Trukikaitis_Postimees, lk 37
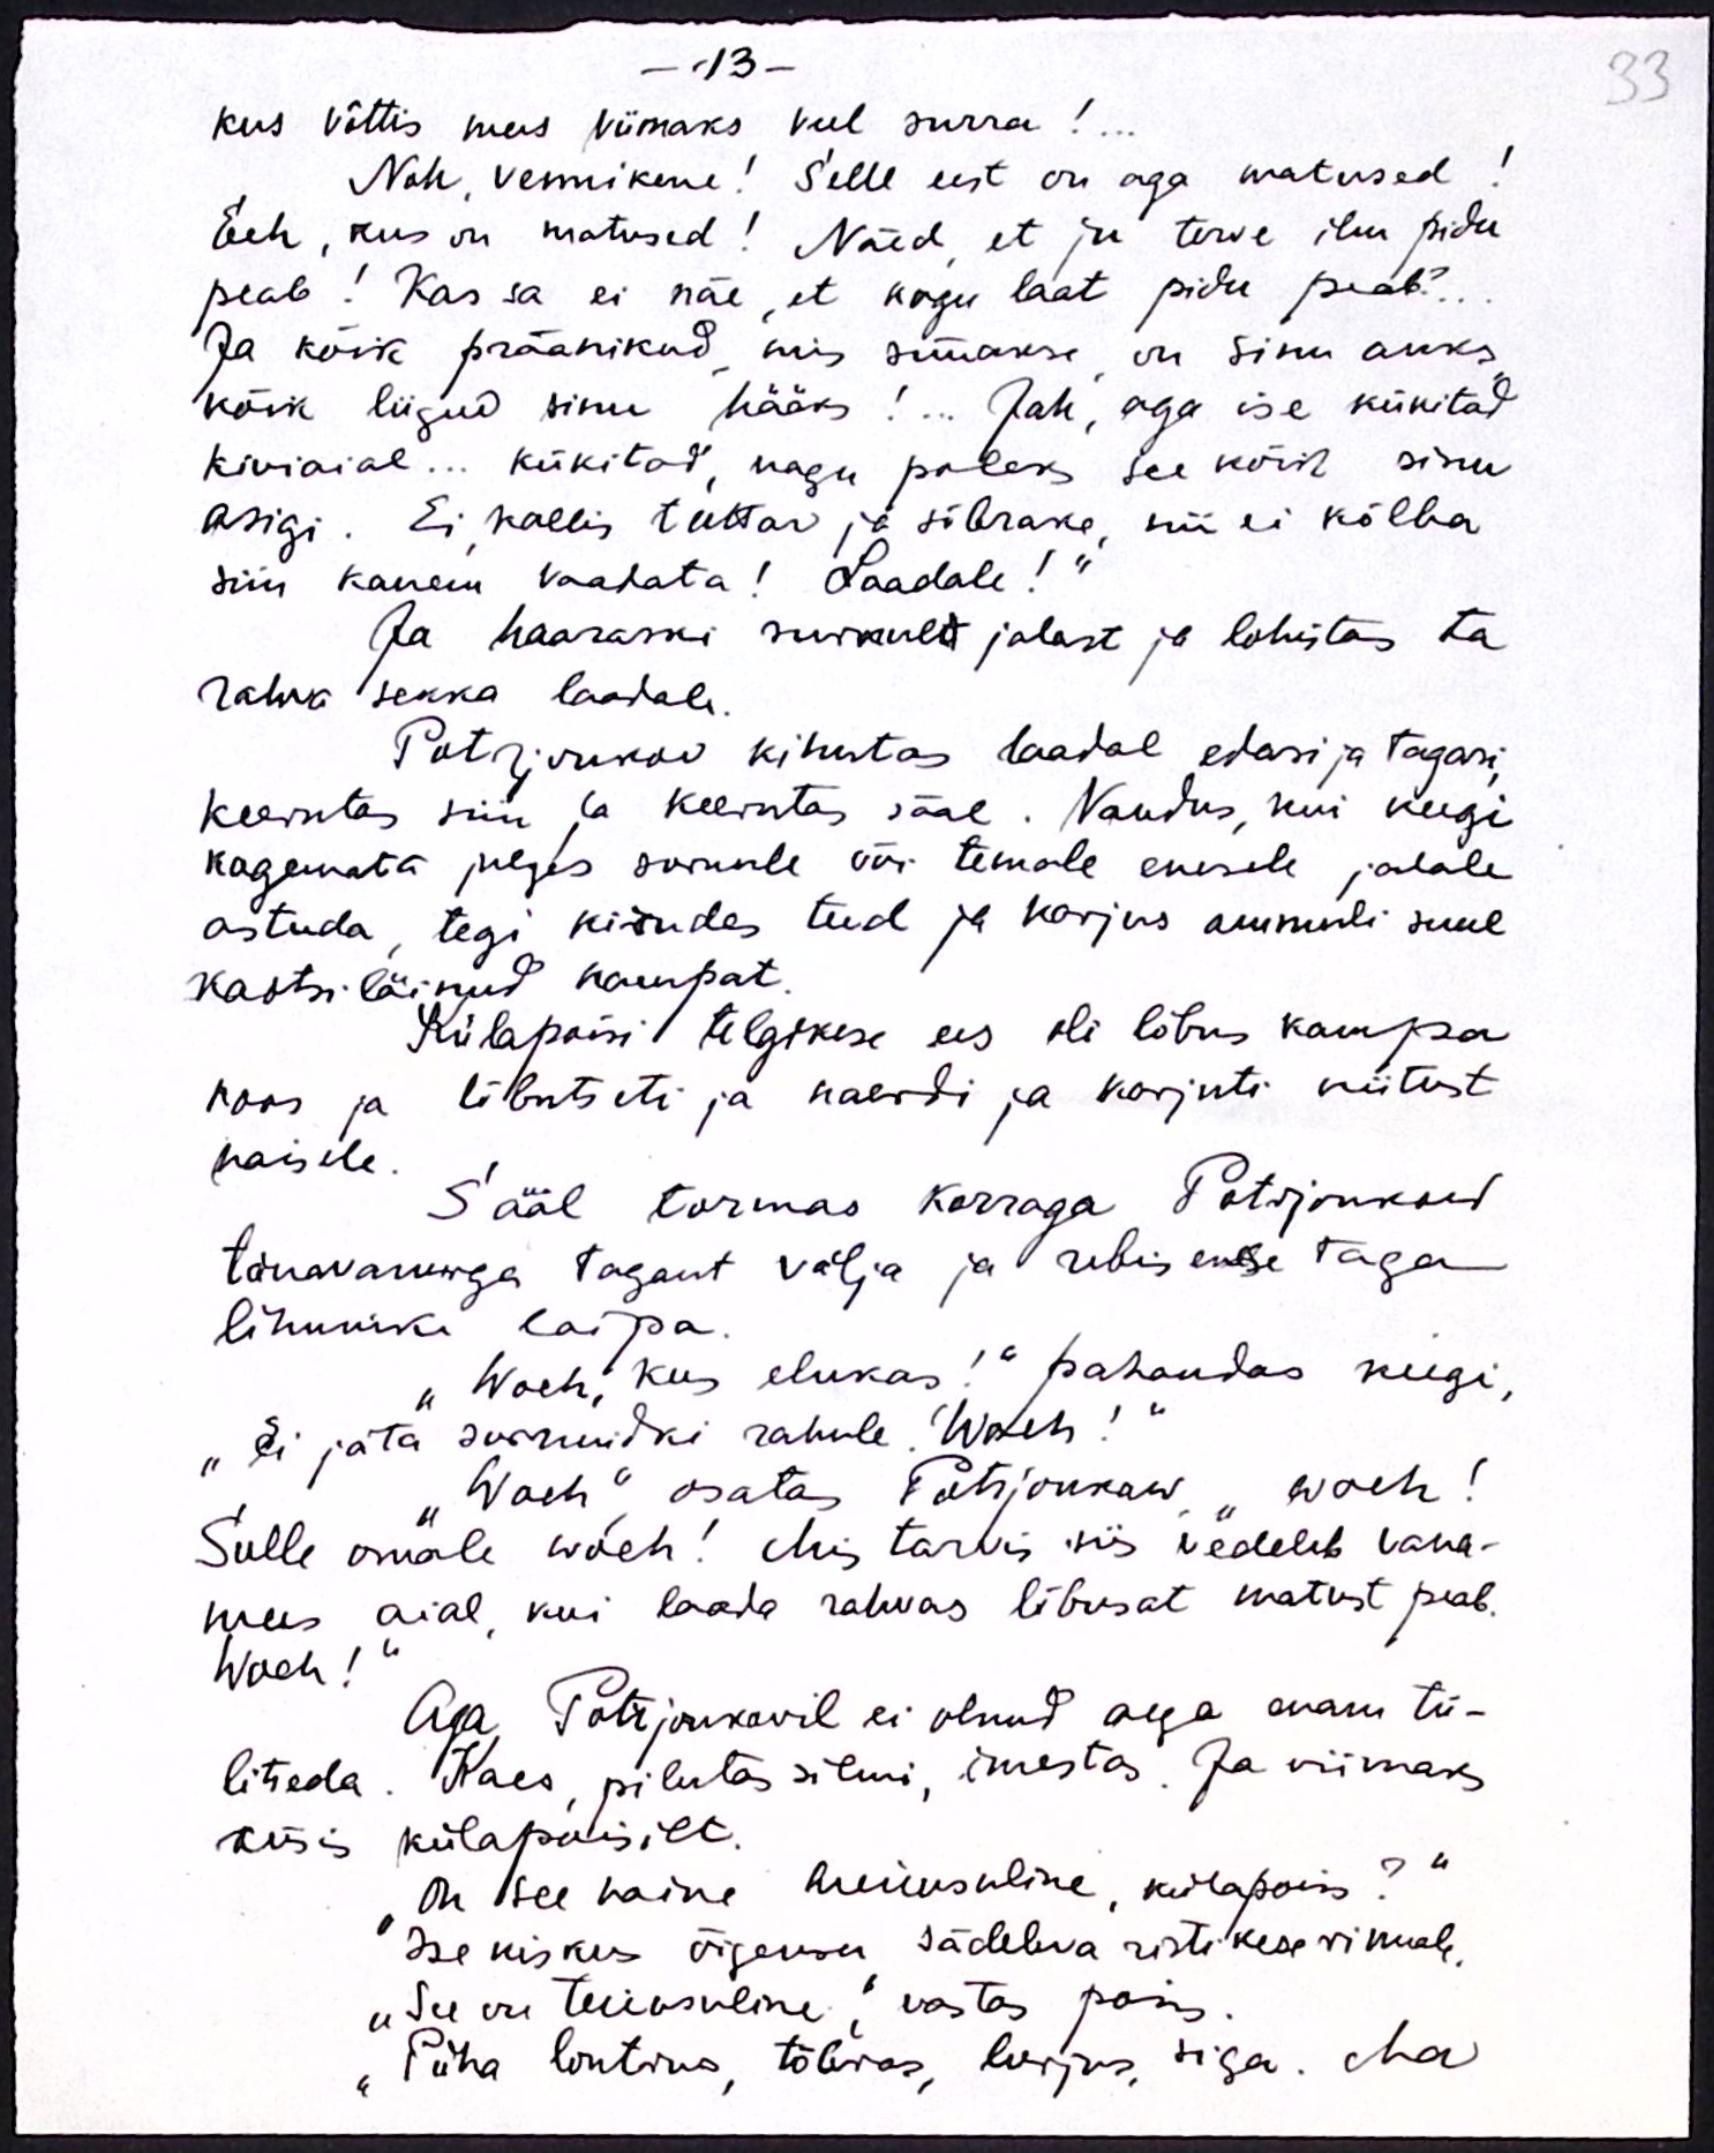
- 13-
kus võttis mees viimaks veel surra!...
Noh, vennikene! Selle eest on aga matused!
Eeh, kus on matused! Näed, et ju terve ilm pidu
peab! Kas sa ei näe, et kogu laat pidu peab?.
Ja kõik präänikud, mis süüakse on sinu auks
kõik liigud sinu hääks!.. Jah, aga ise kükitad
kiviaial... kükitad, nagu poleks see kõik sinu
asigi. Ei kallis tuttav ja sõbrake, nii ei kõlba
siin kauem vaadata! Laadale!“
Ja haaraski surnult jalast ja lohistas ta
rahva sekka laadale
Potrjonkov kihutas laadal edasi ja tagasi,
keerutas siin ja keerutas sääl. Vandus, kui keegi
kogemata julges surnule või temale enesele jalale
astuda tegi kirudes teed ja karjus ammuli suul
kaotsi läinud kampat
Külapoisi telgikese ees oli lõbus kampa
koos ja lõbutseti ja naerdi ja karjuti kiitust
naisele.
Sääl tormas korraga Potrjonkov
tänavanurga tagant välja ja rebis enese taga
lihuniku laipa.
Woeh, kus elukas!“ pahandas keegi,
"Ei jäta surnuidki rahule. Woeh!"
"Woeh" osatas Potrjonkow, "woeh!
Sulle omale woeh! Mis tarvis siis vedeleb vana-
mees aial, kui laada rahvas lõbusat matust peab.
Woeh!"
Aga Potrjonkovil ei olnud aega enam tü-
litseda. Kaes, pilutas silmi, imestas. Ja viimaks
küsis külapoisilt.
On see naine meieusuline, külapoiss?“
Ise kiskus õigeusu sädelava ristikese rinnale.
"See on teieusuline", vastas poiss.
"Püha lontrus, tõbras, lurjus, siga. Ma

33